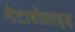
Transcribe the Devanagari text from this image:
मेटाबोलाइड़